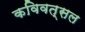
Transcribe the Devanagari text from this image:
कविवत्सल